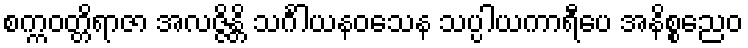
စက္ကဝတ္တိရာဇာ အလဇ္ဇိန္တိ သင်္ဂါယနဝသေန သပ္ပါယကာရီပေ အနိစ္စညေဝ